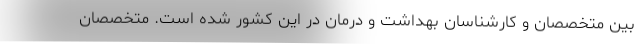
بین متخصصان و کارشناسان بهداشت و درمان در این کشور شده است. متخصصان